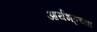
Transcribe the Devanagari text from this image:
आर्यभट्टच्या